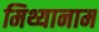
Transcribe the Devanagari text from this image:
मिथ्यानाम